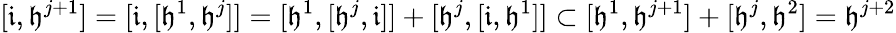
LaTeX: [\mathfrak i,\mathfrak h^{j+1}]=[\mathfrak i,[\mathfrak h^{1},\mathfrak h^{j}]]=[\mathfrak h^{1},[\mathfrak h^{j},\mathfrak i]]+[\mathfrak h^{j},[\mathfrak i,\mathfrak h^{1}]]\subset[\mathfrak h^{1},\mathfrak h^{j+1}]+[\mathfrak h^{j},\mathfrak h^{2}]=\mathfrak h^{j+2}